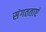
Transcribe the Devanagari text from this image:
संगतताएं